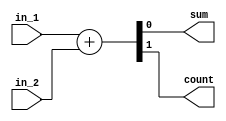
module half_adder
(
	input wire in_1,
	input wire in_2,
	
	output wire sum,
	output wire count
);

assign {count,sum} = in_1 + in_2;

endmodule